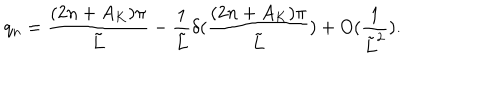
LaTeX: q _ { n } = \frac { ( 2 n + A _ { K } ) \pi } { \tilde { L } } - \frac { 1 } { \tilde { L } } \delta ( \frac { ( 2 n + A _ { K } ) \pi } { \tilde { L } } ) + O ( \frac { 1 } { \tilde { L } ^ { 2 } } ) .